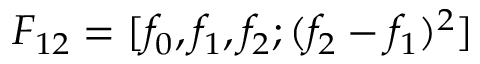
F _ { 1 2 } = [ f _ { 0 } , f _ { 1 } , f _ { 2 } ; ( f _ { 2 } - f _ { 1 } ) ^ { 2 } ]